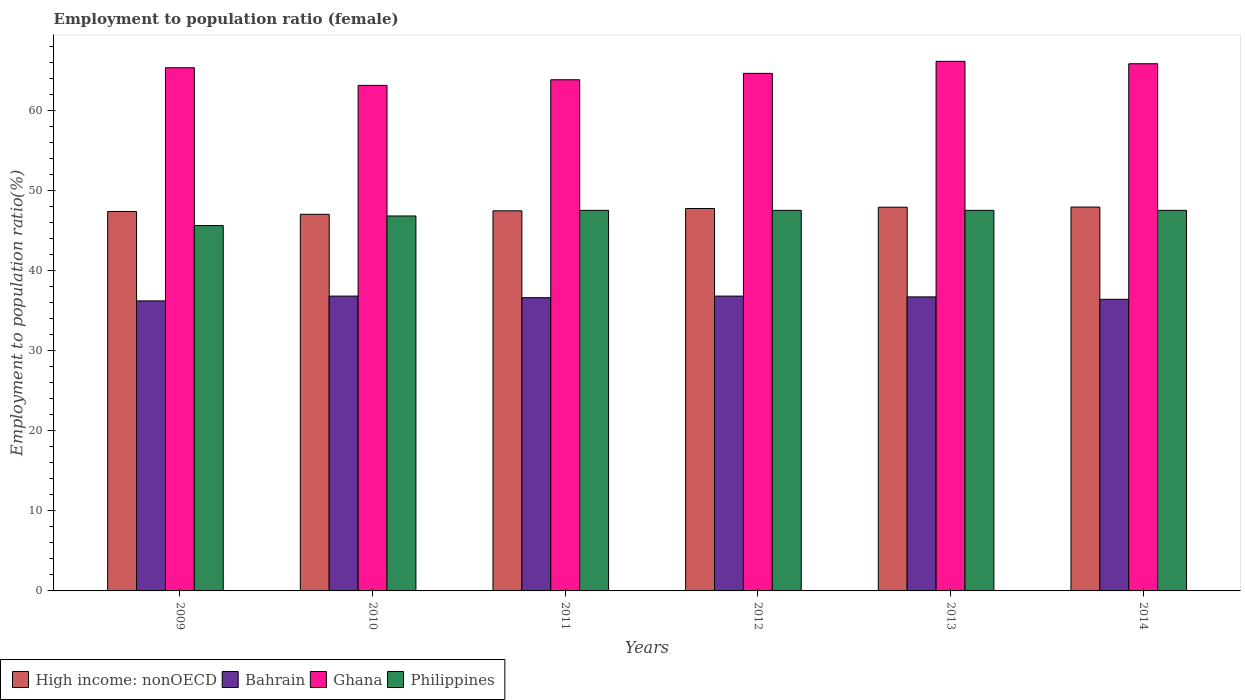
| Years | High income: nonOECD | Bahrain | Ghana | Philippines |
 | --- | --- | --- | --- | --- |
 | 2009 | 47.4 | 36.2 | 65.3 | 45.6 |
 | 2010 | 47 | 36.8 | 63.1 | 46.8 |
 | 2011 | 47.4 | 36.6 | 63.8 | 47.5 |
 | 2012 | 47.7 | 36.8 | 64.6 | 47.5 |
 | 2013 | 47.9 | 36.7 | 66.1 | 47.5 |
 | 2014 | 47.9 | 36.4 | 65.8 | 47.5 |